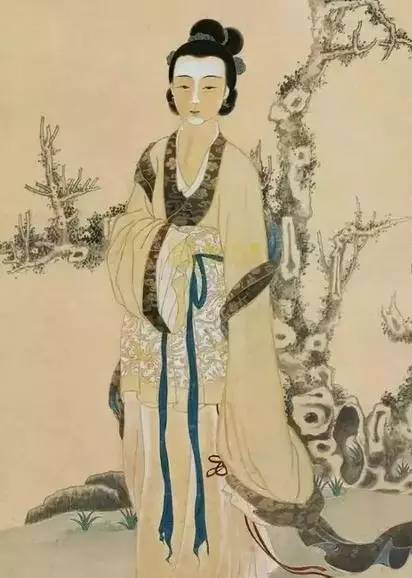
小立红桥柳半垂，越罗裙飏缕金衣。